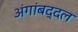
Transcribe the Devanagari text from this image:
अंगांबद्दल